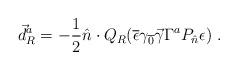
LaTeX: \begin{align*}\vec d_R^a=-{1\over2}\hat n\cdot Q_R(\overline\epsilon\gamma_{\overline{0}}\vec\gamma\Gamma^aP_{\hat n}\epsilon)\ .\end{align*}